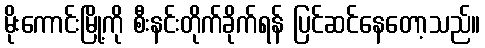
မိုးကောင်းမြို့ကို စီးနင်းတိုက်ခိုက်ရန် ပြင်ဆင်နေတော့သည်။